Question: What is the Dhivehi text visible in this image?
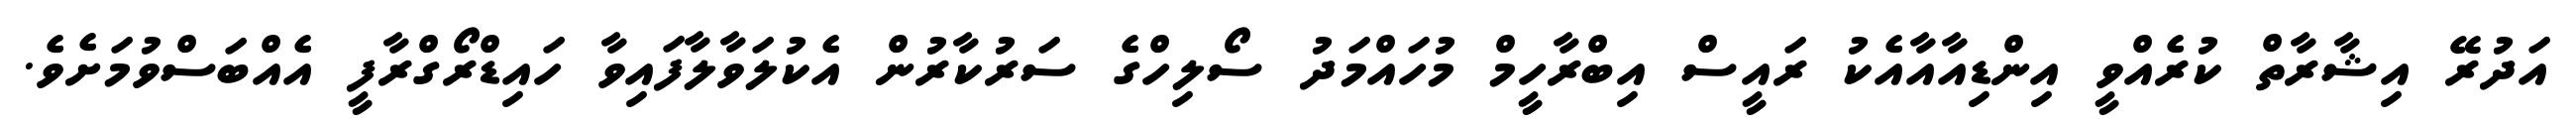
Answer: އަދުރޭ އިޝާރާތް ކުރެއްވީ އިންޑިއާއާއެކު ރައީސް އިބްރާހީމް މުހައްމަދު ސޯލިހްގެ ސަރުކާރުން އެކުލަވާލާފައިވާ ހައިޑްރޯގްރާފީ އެއްބަސްވުމަށެވެ.